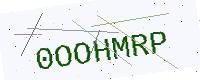
Text: 0OOHMRP